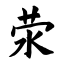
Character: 荥